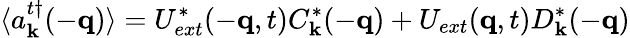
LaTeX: \langle a_{{\mathbf{k}}}^{t\dagger}(-{\mathbf{q}})\rangle=U_{ext}^{*}(-{\mathbf{q}},t)C_{{\mathbf{k}}}^{*}(-{\mathbf{q}})+U_{ext}({\mathbf{q}},t)D_{{\mathbf{k}}}^{*}(-{\mathbf{q}})